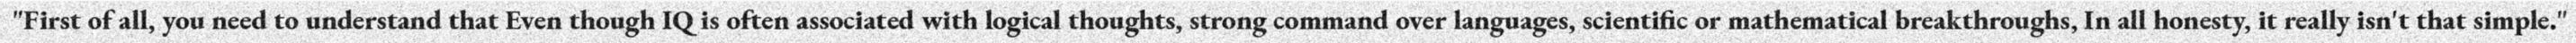
"First of all, you need to understand that Even though IQ is often associated with logical thoughts, strong command over languages, scientific or mathematical breakthroughs, In all honesty, it really isn't that simple."